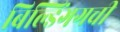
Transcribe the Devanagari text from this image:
बिल्डिंगगची